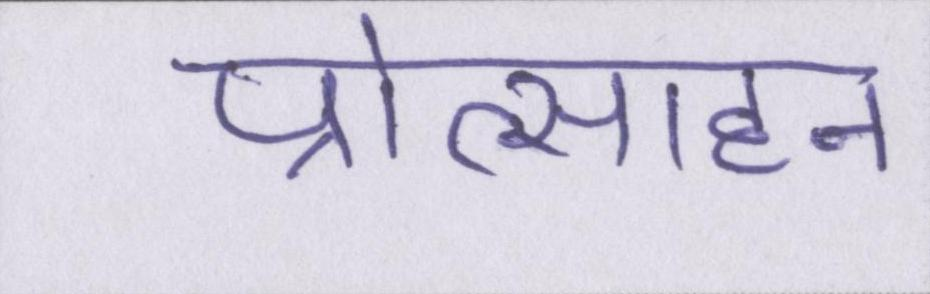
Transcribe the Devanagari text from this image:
प्रोत्साहन